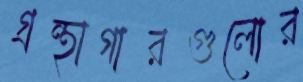
গ্রন্থাগারগুলোর